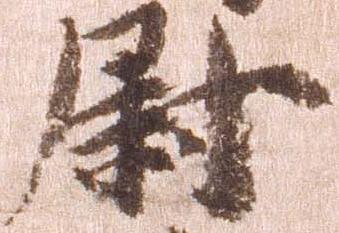
尉